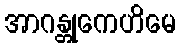
အာဂန္တုကေဟိမေ